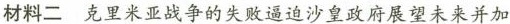
材料二克里米亚战争的失败逼迫沙皇政府展望未来并加